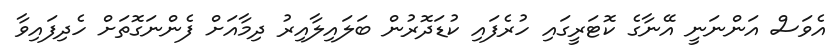
އެވަސް އަންނަނީ އޭނާގެ ކޮޓަރީގައި ހުރެފައި ކުޑަދޮރުން ބަލައިލާއިރު ދިމާއަށް ފެންނަގޮތަށް ހެދިފައިވާ